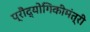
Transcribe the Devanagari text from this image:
प्रौद्योगिकीमंत्री